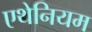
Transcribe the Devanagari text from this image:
एथेनियम